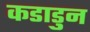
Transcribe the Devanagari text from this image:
कडाडुन